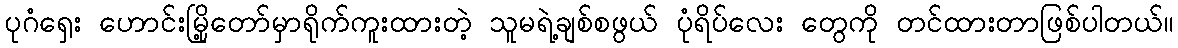
ပုဂံရှေး ဟောင်းမြို့တော်မှာရိုက်ကူးထားတဲ့ သူမရဲ့ချစ်စဖွယ် ပုံရိပ်လေး တွေကို တင်ထားတာဖြစ်ပါတယ်။